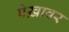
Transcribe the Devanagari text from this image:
पेख़ावर